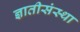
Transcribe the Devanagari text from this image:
ज्ञातीसंस्था